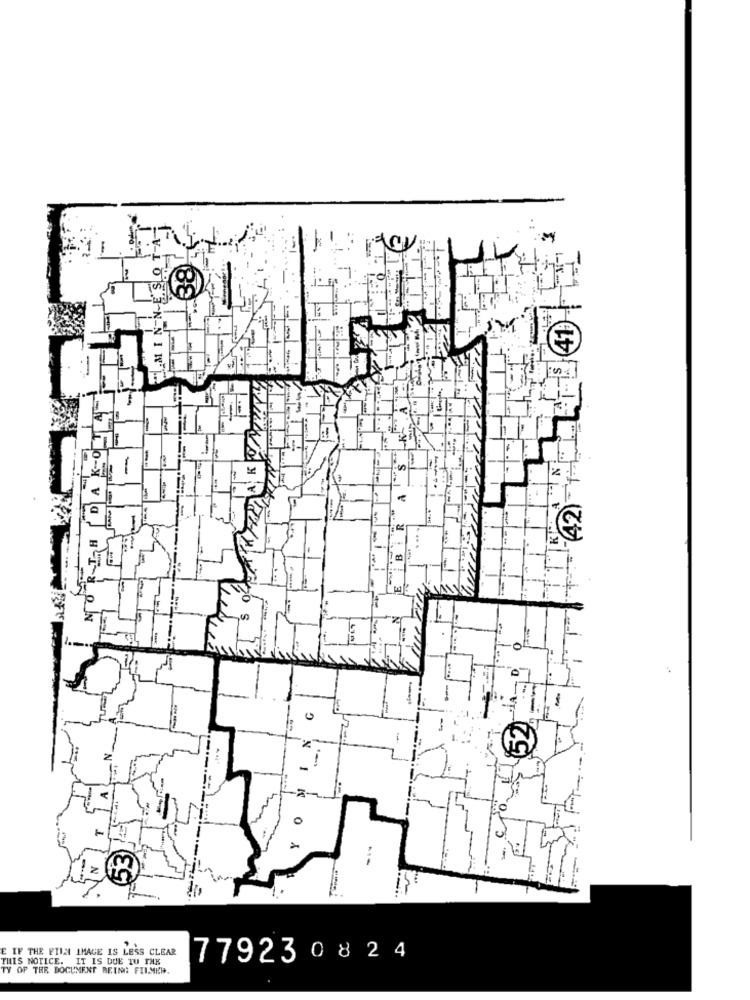
M
--
RT H
2
,00
--
E IF THE FINN IMAGE IS LESS CLEAR
THIS NOTICE. IT IS DUE TU THE
779230824
TY OF THE DOCUMENT BEING FILMER